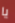
يا